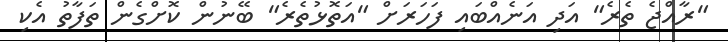
"ރާއްޖެ ތެރެ" އަދި އަނެއްބައި ފަހަރަށް "އަތޮޅުތެރެ" ބޭނުން ކޮށްގެން ތަފާތު އެކި